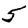
Digit: 5